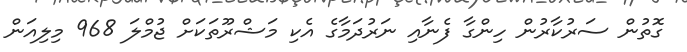
ގޮތުން ސަރުކާރުން ހިންގާ ފެނާއި ނަރުދަމާގެ އެކި މަޝްރޫތަކަށް ޖުމްލަ 968 މިލިއަން